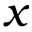
x